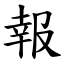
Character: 報